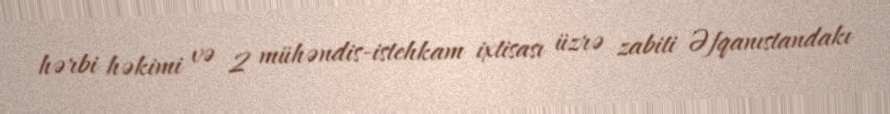
hərbi həkimi və 2 mühəndis-istehkam ixtisası üzrə zabiti Əfqanıstandakı